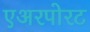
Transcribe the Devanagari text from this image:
एअरपोरट